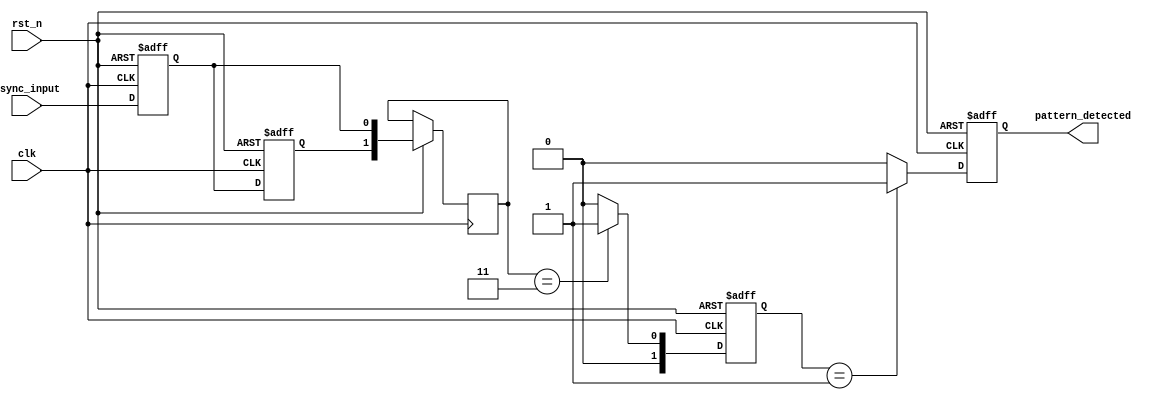
module dual_ff_detector (
    input wire clk,                // Clock signal
    input wire rst_n,              // Active low reset
    input wire async_input,        // Asynchronous input signal
    output reg pattern_detected     // Output signal indicating pattern detection
);

    // State definitions
    reg ff1, ff2;                  // Dual flip-flops for synchronization
    reg [1:0] state;               // State variable for pattern detection
    reg [1:0] mem_block;           // Memory block to hold intermediate states

    // Parameter for the pattern to be detected (example: 2'b11)
    parameter PATTERN = 2'b11;

    // Synchronous process to update flip-flops and states
    always @(posedge clk or negedge rst_n) begin
        if (!rst_n) begin
            // Asynchronous reset
            ff1 <= 1'b0;
            ff2 <= 1'b0;
            state <= 2'b00;
            pattern_detected <= 1'b0;
        end else begin
            // Update flip-flops on clock edge
            ff1 <= async_input;
            ff2 <= ff1;

            // Store the states in memory block
            mem_block <= {ff2, ff1};

            // Update state based on current input pattern
            case (mem_block)
                PATTERN: begin
                    state <= 2'b01; // Detected pattern
                end
                default: begin
                    state <= 2'b00; // No pattern detected
                end
            endcase

            // Set pattern_detected based on state
            if (state == 2'b01) begin
                pattern_detected <= 1'b1; // Pattern detected
            end else begin
                pattern_detected <= 1'b0; // No pattern detected
            end
        end
    end

endmodule